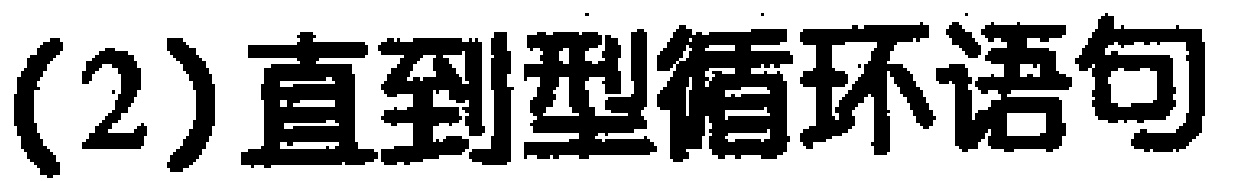
(2) 直到型循环语句